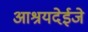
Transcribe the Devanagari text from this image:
आश्रयदेईजे